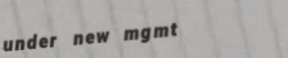
under new mgmt